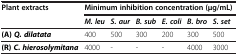
<table><thead><tr><td rowspan="2"><b>Plant extracts</b></td><td colspan="6"><b>Minimum inhibition concentration (μg/mL)</b></td></tr><tr><td><b><i>M. leu</i></b></td><td><b><i>S. aur</i></b></td><td><b><i>B. sub</i></b></td><td><b><i>E. coli</i></b></td><td><b><i>B. bro</i></b></td><td><b><i>S. set</i></b></td></tr></thead><tbody><tr><td><b>(A)</b><b><i>Q. dilatata</i></b></td><td>400</td><td>500</td><td>300</td><td>200</td><td>300</td><td>500</td></tr><tr><td><b>(R)</b><b><i>C. hierosolymitana</i></b></td><td>4000</td><td>-</td><td>-</td><td>-</td><td>4000</td><td>3000</td></tr></tbody></table>